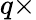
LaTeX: q\times